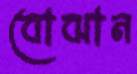
বোঝান